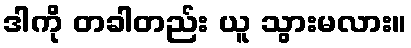
ဒါကို တခါတည်း ယူ သွားမလား။